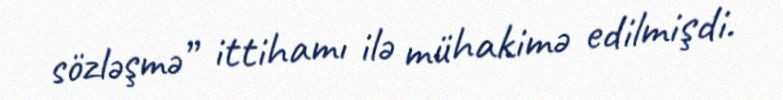
sözləşmə” ittihamı ilə mühakimə edilmişdi.